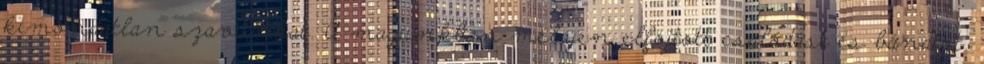
kimondatlan szavunkat. A magunkban mélyen elfojtott csalódást és bánatot.